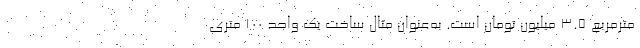
مترمربع 3.5 میلیون تومان است. به‌عنوان مثال ساخت یک واحد 100 متری